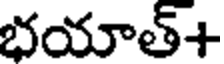
భయాత్+